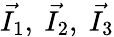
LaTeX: \vec{I_{1}},~\vec{I_{2}},~\vec{I_{3}}